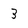
Character: 3